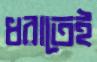
ধরাতেই